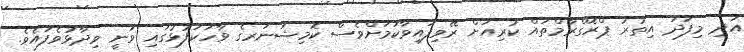
އަދި މިފަދަ އިތުރު ޕްރޮގްރާމްތައް ކުރިއަށް ރޭވިފައިވާކަމަށްވެސް ކޮމިޝަނަރގެ ވާހަކަފުޅުގައި ވަނީ ވިދާޅުވެފައެވެ.